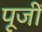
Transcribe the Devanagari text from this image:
पूजीं